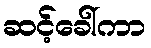
ဆင့်ခေါ်ကာ